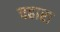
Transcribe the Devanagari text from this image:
चहारा